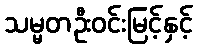
သမ္မတဦးဝင်းမြင့်နှင့်